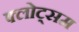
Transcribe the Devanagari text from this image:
फ्लोट्सम